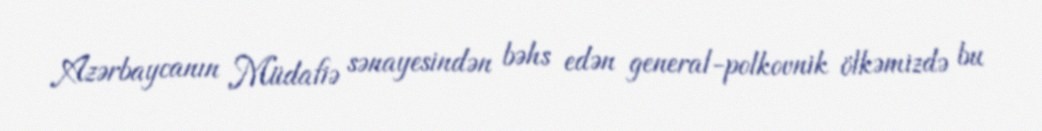
Azərbaycanın Müdafiə sənayesindən bəhs edən general-polkovnik ölkəmizdə bu